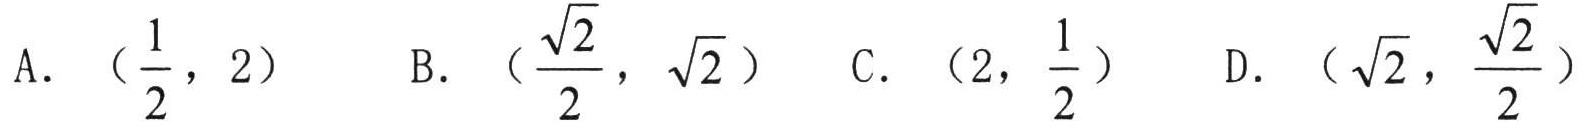
A. \((\frac{1}{2},2)\)  B. \((\frac{\sqrt{2}}{2},\sqrt{2})\)  C. \((2,\frac{1}{2})\)  D. \((\sqrt{2},\frac{\sqrt{2}}{2})\)